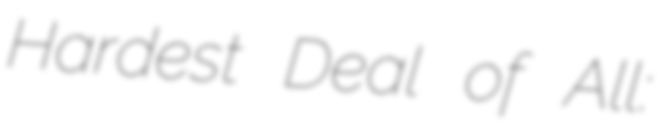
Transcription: Hardest Deal of All: